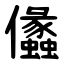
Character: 㒩